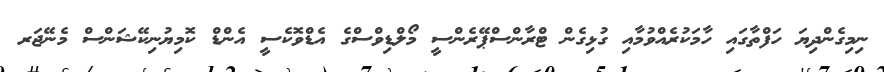
ނިމިގެންދިޔަ ހަފްތާގައި ހާމަކުރެއްވުމާއި ގުޅިގެން ޓްރާންސްޕޭރެންސީ މޯލްޑިވްސްގެ އެޑްވޮކެސީ އެންޑް ކޮމިޔުނިކޭޝަންސް މެނޭޖަރ